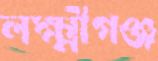
লক্ষ্মীগঞ্জ